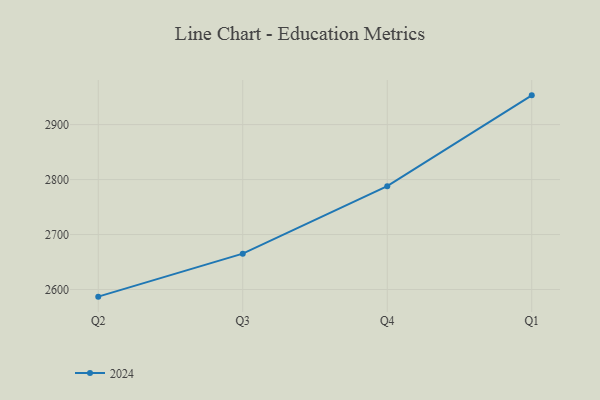
{"axis": {"x": "Quarter", "y": "Conversion Rate (%)"}, "legend": ["2024"], "data": [{"x": "Q2", "y": 2587.0, "type": "2024"}, {"x": "Q3", "y": 2665.2, "type": "2024"}, {"x": "Q4", "y": 2788.0, "type": "2024"}, {"x": "Q1", "y": 2953.2, "type": "2024"}]}